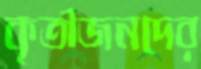
কৃতীজনদের